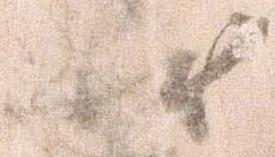
状